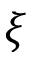
\xi